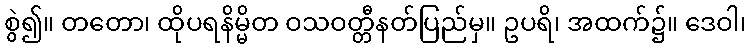
စွဲ၍။ တတော၊ ထိုပရနိမ္မိတ ဝသဝတ္တီနတ်ပြည်မှ။ ဥပရိ၊ အထက်၌။ ဒေဝါ၊